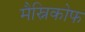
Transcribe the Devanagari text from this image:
मैस्निकोफ